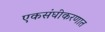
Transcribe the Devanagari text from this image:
एकसंघीकरणात